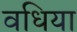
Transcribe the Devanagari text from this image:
वधिया